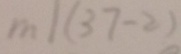
m \vert ( 3 7 - 2 )